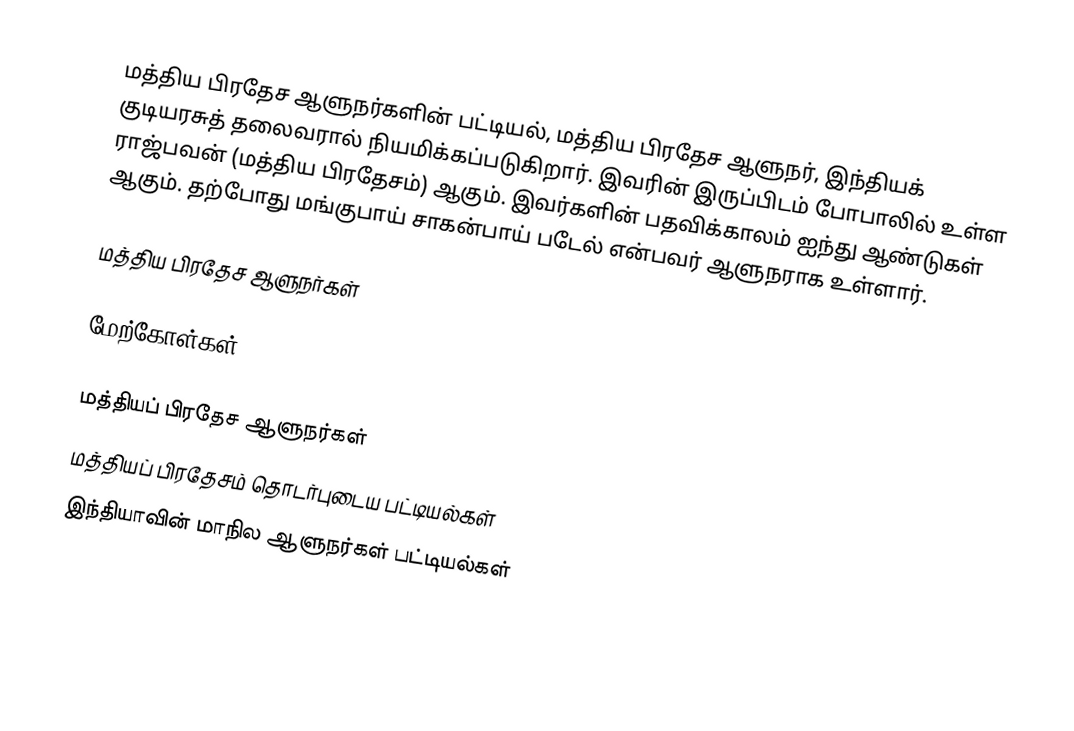
மத்திய பிரதேச ஆளுநர்களின் பட்டியல், மத்திய பிரதேச ஆளுநர், இந்தியக் குடியரசுத் தலைவரால் நியமிக்கப்படுகிறார். இவரின் இருப்பிடம் போபாலில் உள்ள ராஜ்பவன் (மத்திய பிரதேசம்) ஆகும். இவர்களின் பதவிக்காலம் ஐந்து ஆண்டுகள் ஆகும். தற்போது மங்குபாய் சாகன்பாய் படேல்  என்பவர் ஆளுநராக உள்ளார்.

மத்திய பிரதேச ஆளுநர்கள்

மேற்கோள்கள்

மத்தியப் பிரதேச ஆளுநர்கள்
மத்தியப் பிரதேசம் தொடர்புடைய பட்டியல்கள்
இந்தியாவின் மாநில ஆளுநர்கள் பட்டியல்கள்